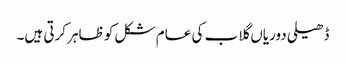
ڈھیلی دوریاں گلاب کی عام شکل کو ظاہر کرتی ہیں۔